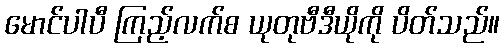
မောင်ပါပီ ကြည့်လက်စ ယုတုဗီဒီယိုကို ပိတ်သည်။